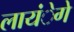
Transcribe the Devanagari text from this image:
लायंेगे